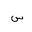
Letter: _sin